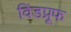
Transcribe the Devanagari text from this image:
विंडप्रूफ